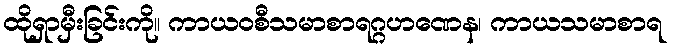
ထိုရှာမှီးခြင်းကို။ ကာယဝစီသမာစာရဂ္ဂဟဏေန၊ ကာယသမာစာရ